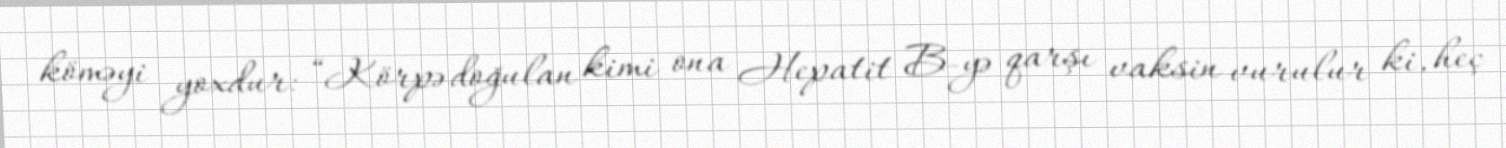
köməyi yoxdur: “Körpə doğulan kimi ona Hepatit B-yə qarşı vaksin vurulur ki, heç